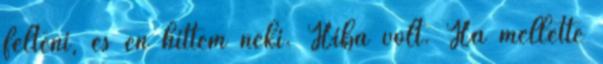
félteni, és én hittem neki. Hiba volt. Ha mellette